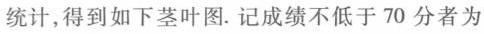
统计，得到如下茎叶图.记成绩不低于70分者为